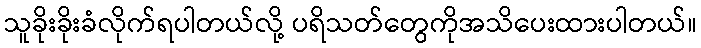
သူခိုးခိုးခံလိုက်ရပါတယ်လို့ ပရိသတ်တွေကိုအသိပေးထားပါတယ်။